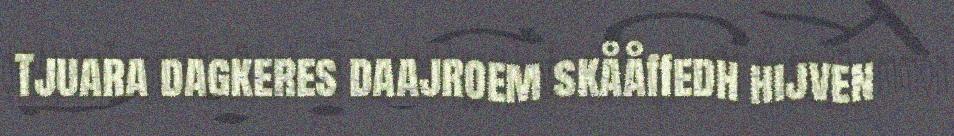
Tjuara dagkeres daajroem skååffedh hijven